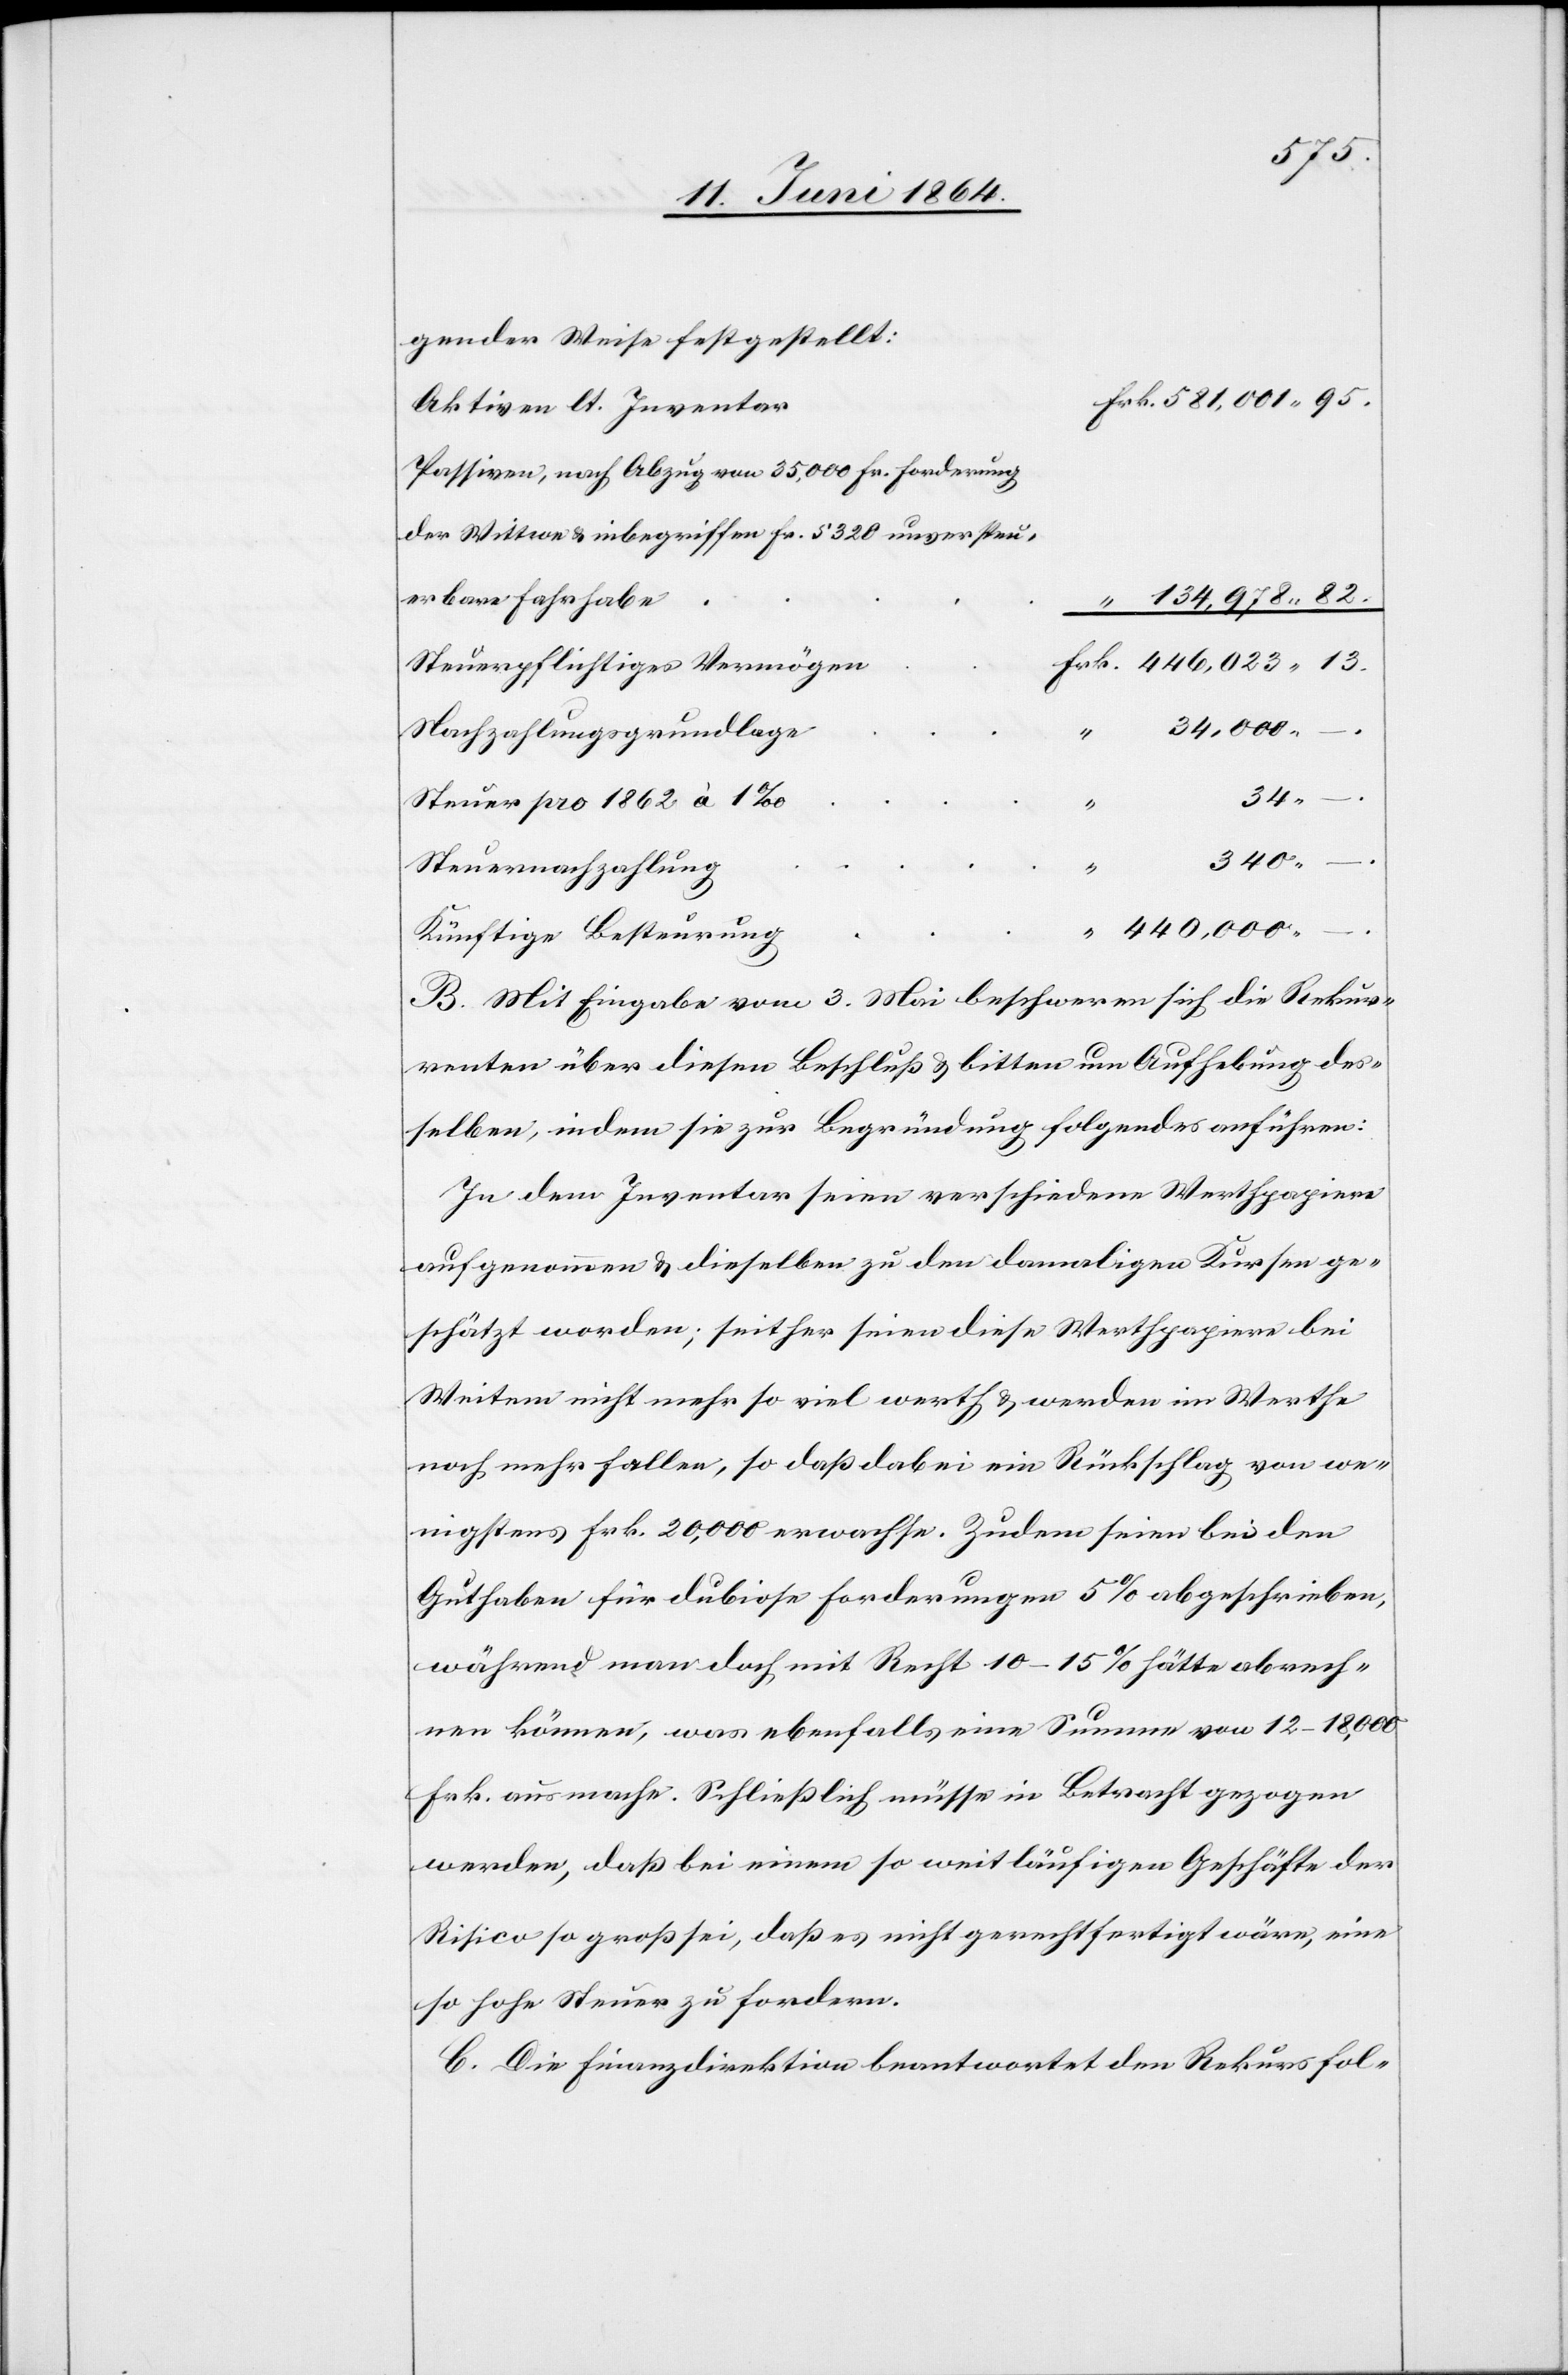
gender Weise festgestellt:
Aktiven lt. Inventar
Passiven, nach Abzug von 35,000 Fr. Forderung
der Wittwe u. inbegriffen Fr. 5320 unversteu¬
erbare Fahrhabe
Steuerpflichtiges Vermögen
Nachzahlungsgrundlage
Risico
34
Steuer pro 1862 à 1‰
“
340
Steuernachzahlung
440,000
Künftige Besteuerung
B. Mit Eingabe vom 3. Mai beschweren sich die Rekur¬
renten über diesen Beschluß u. bitten um Aufhebung des¬
selben, indem sie zur Begründung folgendes anführen:
In dem Inventar seien verschiedene Werthpapiere
aufgenommen u. dieselben zu den damaligen Kursen ge¬
schätzt worden; seither seien diese Werthpapiere bei
Weitem nicht mehr so viel werth u. werden im Werthe
noch mehr fallen, so daß dabei ein Rückschlag von we¬
nigstens Frk. 20,000 erwachse. Zudem seien bei den
Guthaben für dubiose Forderungen 5% abgeschrieben,
während man doch mit Recht 10–15% hätte abrech¬
nen können, was ebenfalls eine Summe von 12–18,000
Frk. ausmache. Schließlich müsse in Betracht gezogen
werden, daß bei einem so weitläufigen Geschäfte der
[sic!] so groß sei, daß es nicht gerechtfertigt wäre, eine
so hohe Steuer zu fordern.
C. Die Finanzdirektion beantwortet den Rekurs fol-